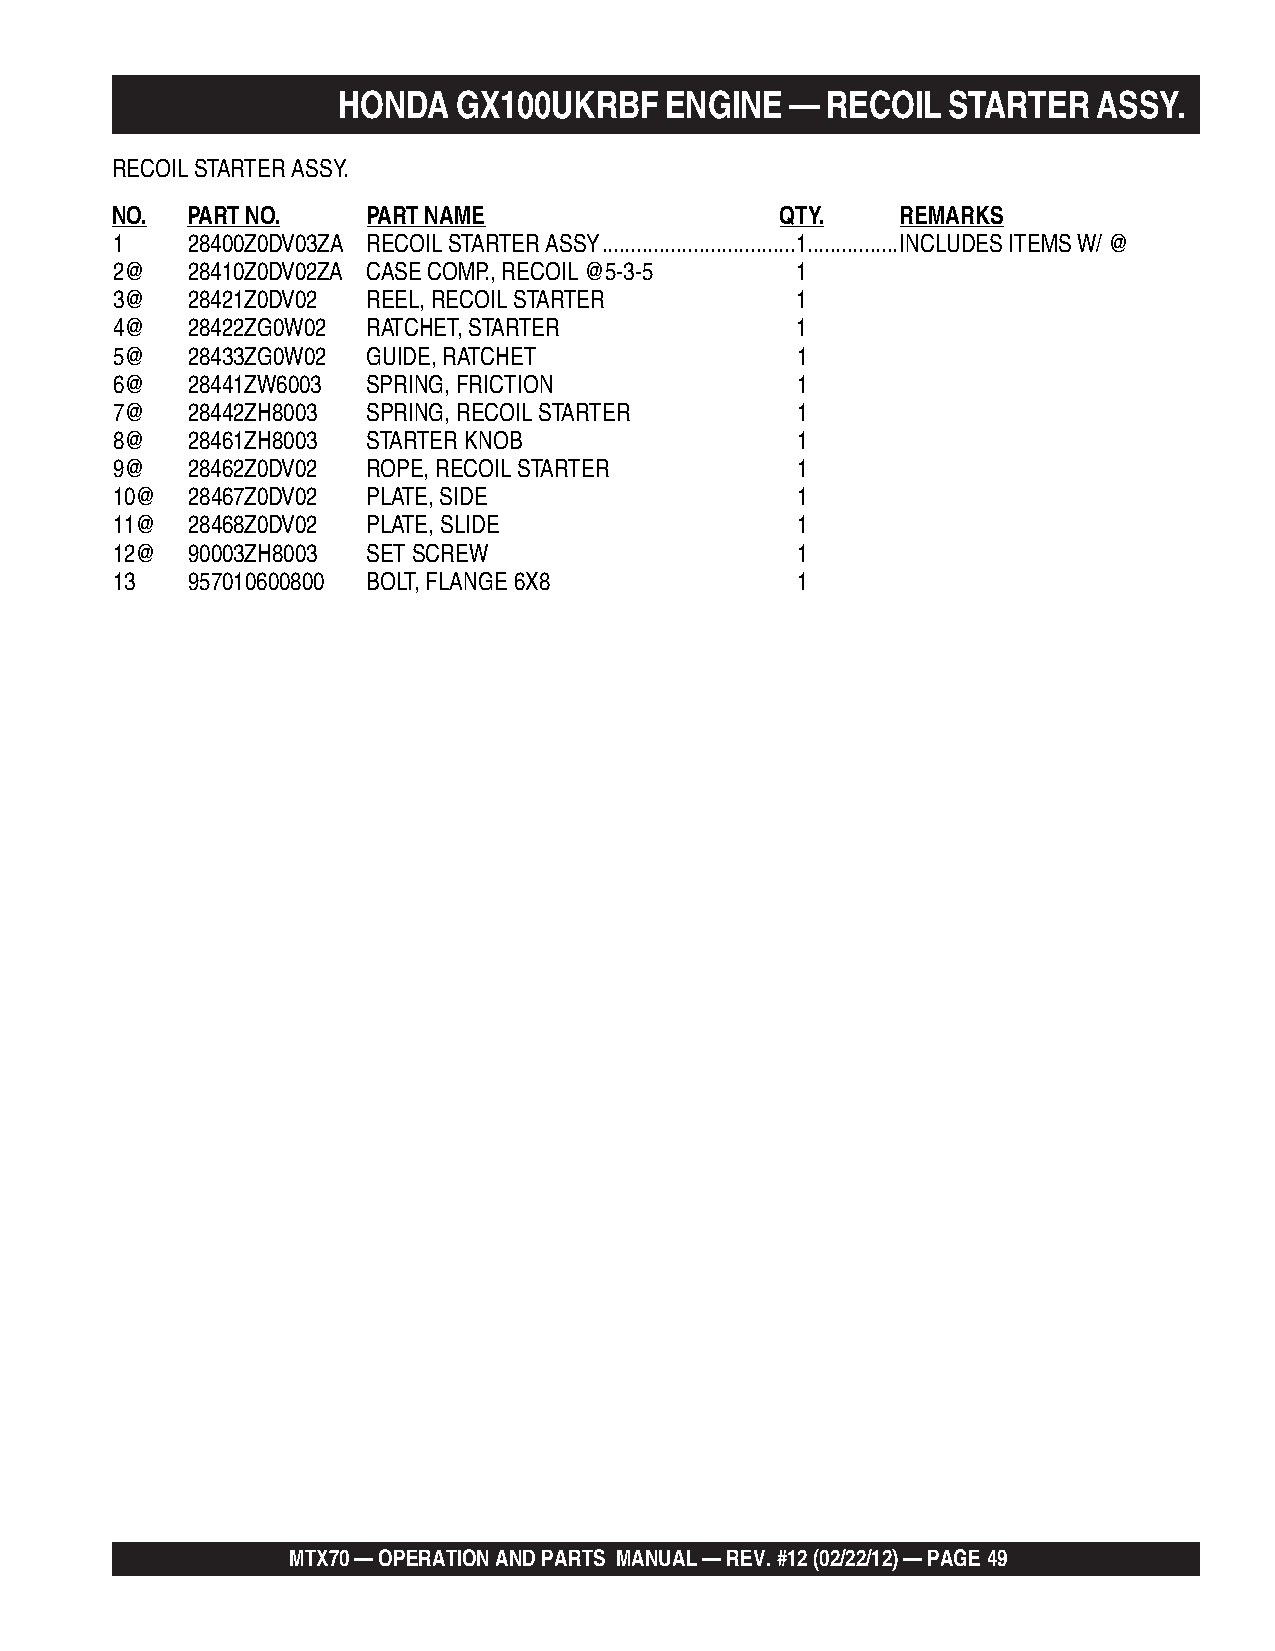
HONDA   GX100UKRBF    ENGINE  —  RECOIL  STARTER   ASSY.
 RECOIL STARTER ASSY.
 NO.  PART NO.    PART NAME                   QTY.    REMARKS
 1    28400Z0DV03ZA RECOIL STARTER ASSY ..................................1................INCLUDES ITEMS W/ @
 2@   28410Z0DV02ZA CASE COMP., RECOIL @5-3-5  1
 3@   28421Z0DV02 REEL, RECOIL STARTER         1
 4@   28422ZG0W02 RATCHET, STARTER             1
 5@   28433ZG0W02 GUIDE, RATCHET               1
 6@   28441ZW6003 SPRING, FRICTION             1
 7@   28442ZH8003 SPRING, RECOIL STARTER       1
 8@   28461ZH8003 STARTER KNOB                 1
 9@   28462Z0DV02 ROPE, RECOIL STARTER         1
 10@  28467Z0DV02 PLATE, SIDE                  1
 11@  28468Z0DV02 PLATE, SLIDE                 1
 12@  90003ZH8003 SET SCREW                    1
 13   957010600800 BOLT, FLANGE 6X8            1
 MTX70 — OPERATION AND PARTS MANUAL — REV. #12 (02/22/12) — PAGE 49